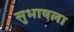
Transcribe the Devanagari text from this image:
सुभाषला